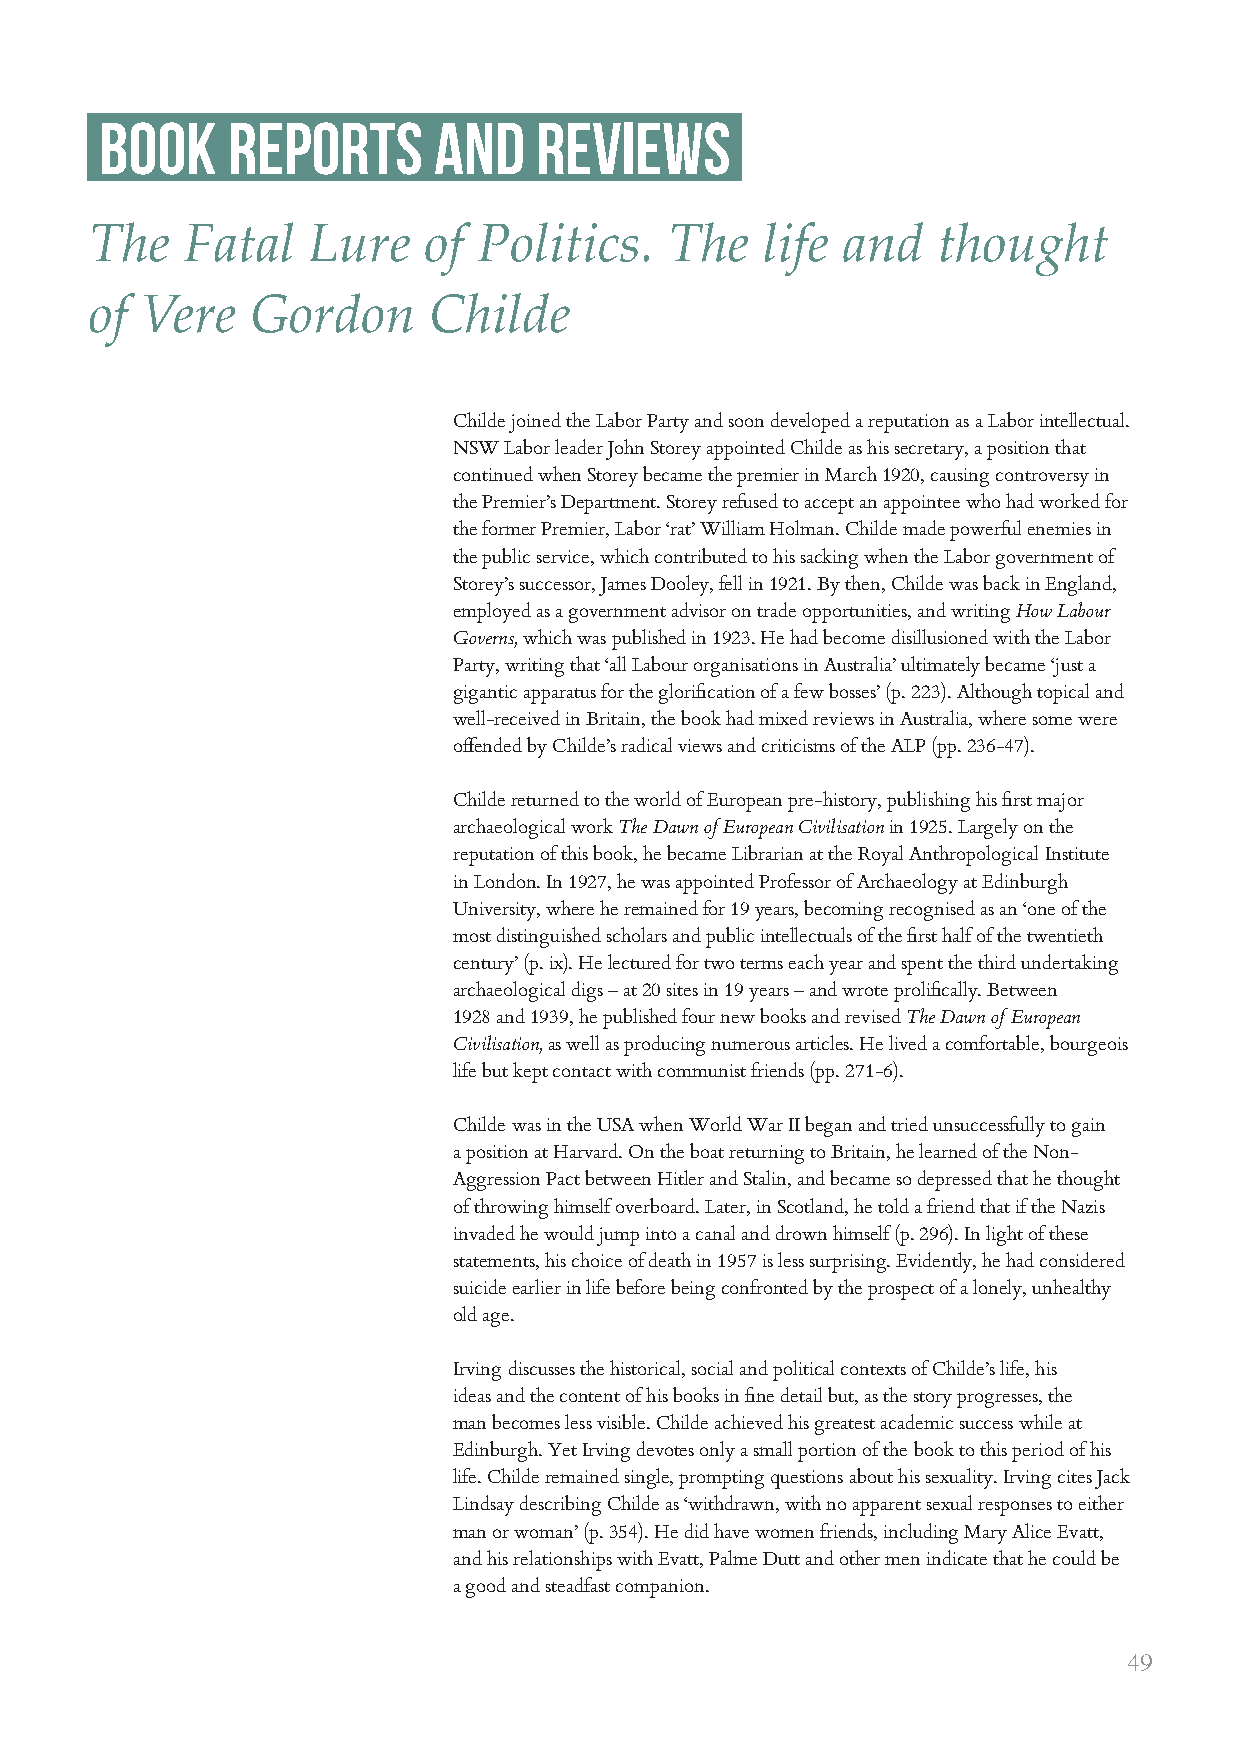
book    reports       and   reviews
 The   Fatal   Lure    of  Politics.   The   life  and   thought
 of Vere    Gordon     Childe
 Childe joined the Labor Party and soon developed a reputation as a Labor intellectual.
 NSW Labor leader John Storey appointed Childe as his secretary, a position that
 continued when Storey became the premier in March 1920, causing controversy in
 the Premier’s Department. Storey refused to accept an appointee who had worked for
 the former Premier, Labor ‘rat’ William Holman. Childe made powerful enemies in
 the public service, which contributed to his sacking when the Labor government of
 Storey’s successor, James Dooley, fell in 1921. By then, Childe was back in England,
 employed as a government advisor on trade opportunities, and writing How Labour
 Governs, which was published in 1923. He had become disillusioned with the Labor
 Party, writing that ‘all Labour organisations in Australia’ ultimately became ‘just a
 gigantic apparatus for the glorification of a few bosses’ (p. 223). Although topical and
 well-received in Britain, the book had mixed reviews in Australia, where some were
 offended by Childe’s radical views and criticisms of the ALP (pp. 236-47).
 Childe returned to the world of European pre-history, publishing his first major
 archaeological work The Dawn of European Civilisation in 1925. Largely on the
 reputation of this book, he became Librarian at the Royal Anthropological Institute
 in London. In 1927, he was appointed Professor of Archaeology at Edinburgh
 University, where he remained for 19 years, becoming recognised as an ‘one of the
 most distinguished scholars and public intellectuals of the first half of the twentieth
 century’ (p. ix). He lectured for two terms each year and spent the third undertaking
 archaeological digs – at 20 sites in 19 years – and wrote prolifically. Between
 1928 and 1939, he published four new books and revised The Dawn of European
 Civilisation, as well as producing numerous articles. He lived a comfortable, bourgeois
 life but kept contact with communist friends (pp. 271-6).
 Childe was in the USA when World War II began and tried unsuccessfully to gain
 a position at Harvard. On the boat returning to Britain, he learned of the Non-
 Aggression Pact between Hitler and Stalin, and became so depressed that he thought
 of throwing himself overboard. Later, in Scotland, he told a friend that if the Nazis
 invaded he would jump into a canal and drown himself (p. 296). In light of these
 statements, his choice of death in 1957 is less surprising. Evidently, he had considered
 suicide earlier in life before being confronted by the prospect of a lonely, unhealthy
 old age.
 Irving discusses the historical, social and political contexts of Childe’s life, his
 ideas and the content of his books in fine detail but, as the story progresses, the
 man becomes less visible. Childe achieved his greatest academic success while at
 Edinburgh. Yet Irving devotes only a small portion of the book to this period of his
 life. Childe remained single, prompting questions about his sexuality. Irving cites Jack
 Lindsay describing Childe as ‘withdrawn, with no apparent sexual responses to either
 man or woman’ (p. 354). He did have women friends, including Mary Alice Evatt,
 and his relationships with Evatt, Palme Dutt and other men indicate that he could be
 a good and steadfast companion.
 49